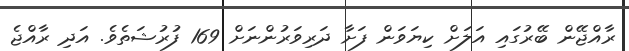
ރާއްޖޭން ބޭރުގައި އަލަށް ކިޔަވަން ފަށާ ދަރިވަރުންނަށް 169 ފުރުޝަތެވެ. އަދި ރާއްޖެ